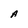
Character: A